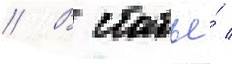
// В статье́